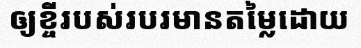
ឲ្យខ្ចីរបស់របរមានតម្លៃដោយ